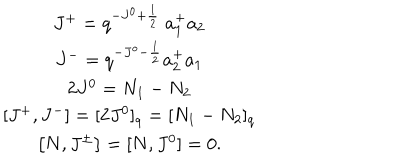
\begin{array} { c } { { J ^ { + } = q ^ { - J ^ { 0 } + \frac { 1 } { 2 } } \ a _ { 1 } ^ { + } a _ { 2 } } } \\ { { J ^ { - } = q ^ { - J ^ { o } - \frac { 1 } { 2 } } a _ { 2 } ^ { + } a _ { 1 } } } \\ { { 2 J ^ { 0 } = N _ { 1 } - N _ { 2 } } } \\ { { \left[ J ^ { + } , J ^ { - } \right] = [ 2 J ^ { 0 } ] _ { q } = [ N _ { 1 } - N _ { 2 } ] _ { q } } } \\ { { \left[ N , J ^ { \pm } \right] = [ N , J ^ { 0 } ] = 0 . } } \\ \end{array}